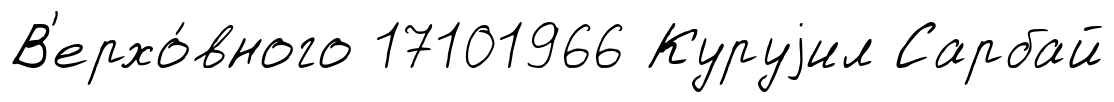
В'ерхо́вного 17101966 Куруjил Сарбай